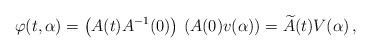
LaTeX: \begin{align*}\varphi(t,\alpha)=\left(A(t)A^{-1}(0)\right)\,\left(A(0)v(\alpha)\right)=\widetilde{A}(t) V(\alpha)\,,\end{align*}